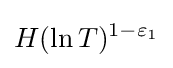
H(\ln T)^{1-\varepsilon _{1}}